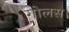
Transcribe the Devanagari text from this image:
गोलस